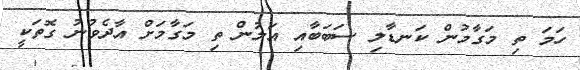
ހަމަ ތި މަގާމުން ކަނޑާލި ސަބަބާއި އަލުން ތި މަގާމަށް އާދެވުނު ގޮތަކީ